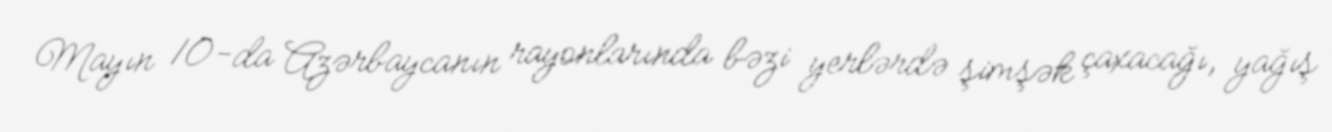
Mayın 10-da Azərbaycanın rayonlarında bəzi yerlərdə şimşək çaxacağı, yağış